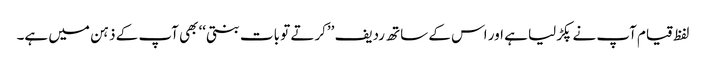
لفظ قیام آپ نے پکڑلیا ہے اور اس کے ساتھ ردیف ’’کرتے تو بات بنتی‘‘ بھی آپ کے ذہن میں ہے۔